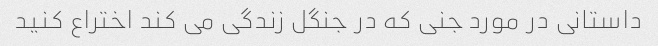
داستانی در مورد جنی که در جنگل زندگی می کند اختراع کنید